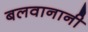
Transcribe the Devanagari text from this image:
बलवानानी